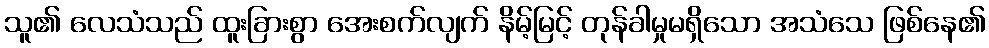
သူ၏ လေသံသည် ထူးခြားစွာ အေးစက်လျက် နိမ့်မြင့် တုန်ခါမှုမရှိသော အသံသေ ဖြစ်နေ၏